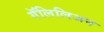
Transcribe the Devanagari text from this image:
गॅलिलिअन